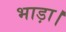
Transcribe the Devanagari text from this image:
भाड़ा।